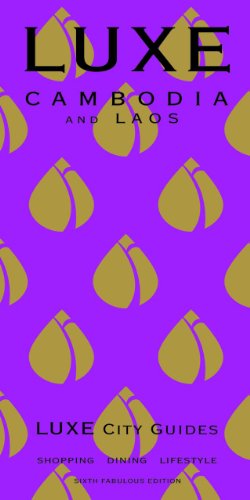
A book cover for LUXE Cambodia & Laos (LUXE City Guides); LUXE City Guides; Travel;